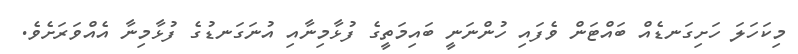
މިކަހަލަ ހަށިގަނޑެއް ބައްޓަން ވެފައި ހުންނަނީ ބައިމަތީގެ ފުޅާމިނާއި އުނަގަނޑުގެ ފުޅާމިނާ އެއްވަރަށެވެ.